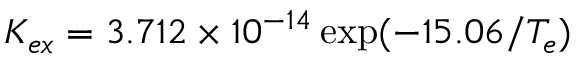
K _ { e x } = 3 . 7 1 2 \times 1 0 ^ { - 1 4 } \exp ( { - 1 5 . 0 6 / T _ { e } } )